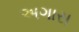
અગાસ